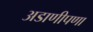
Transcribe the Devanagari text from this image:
अडाणीपणा